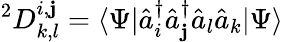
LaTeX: ^{2}D_{k,l}^{i,\mathbf{j}}=\langle\Psi|{\hat{{a}}}_{i}^{\dagger}{\hat{{a}}}_{\mathbf{j}}^{\dagger}{\hat{{a}}}_{l}{\hat{{a}}}_{k}|\Psi\rangle